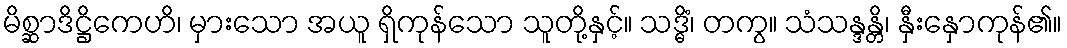
မိစ္ဆာဒိဋ္ဌိကေဟိ၊ မှားသော အယူ ရှိကုန်သော သူတို့နှင့်။ သဒ္ဓိံ၊ တကွ။ သံသန္ဒန္တိ၊ နှီးနှောကုန်၏။